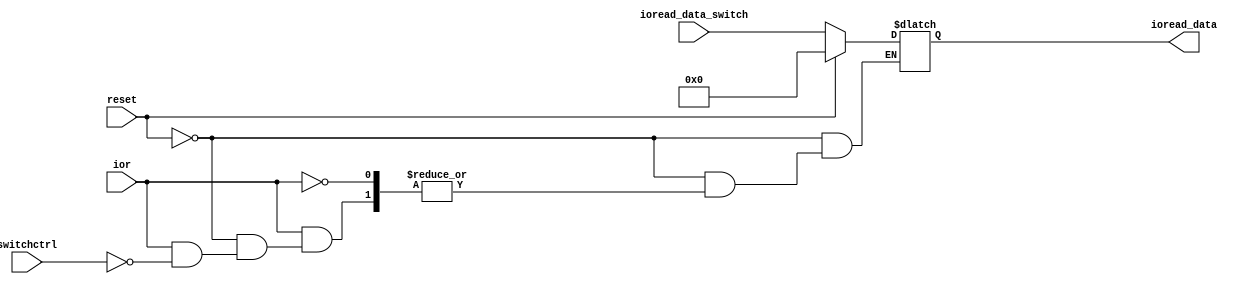
`timescale 1ns / 1ps
//////////////////////////////////////////////////////////////////////////////////
// Company: 
// Engineer: 
// 
// Design Name: 
// Module Name: ioread
// Project Name: 
// Target Devices: 
// Tool Versions: 
// Description: 
// 
// Dependencies: 
// 
// Revision:
// Revision 0.01 - File Created
// Additional Comments:
// 
//////////////////////////////////////////////////////////////////////////////////


module ioread(reset,ior,switchctrl,ioread_data,ioread_data_switch);
input reset; // Reset signal
input ior; // I/O read signal from the controller
// The chip switch module chip selection obtained from memorio through the address high-end line
input switchctrl;
input[31:0] ioread_data_switch; // Read data from peripherals, here from the DIP switch
output[31:0] ioread_data; // Send the data from the peripheral to memorio
reg[31:0] ioread_data;
always @* begin
if(reset == 1)
ioread_data = 0;
else if(ior == 1)
if(switchctrl == 1) ioread_data = ioread_data_switch;
else ioread_data = ioread_data;
end
endmodule